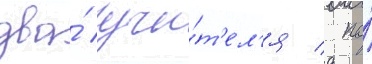
два́ учи́т'ел'я / по́